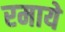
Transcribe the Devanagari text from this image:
रमाये